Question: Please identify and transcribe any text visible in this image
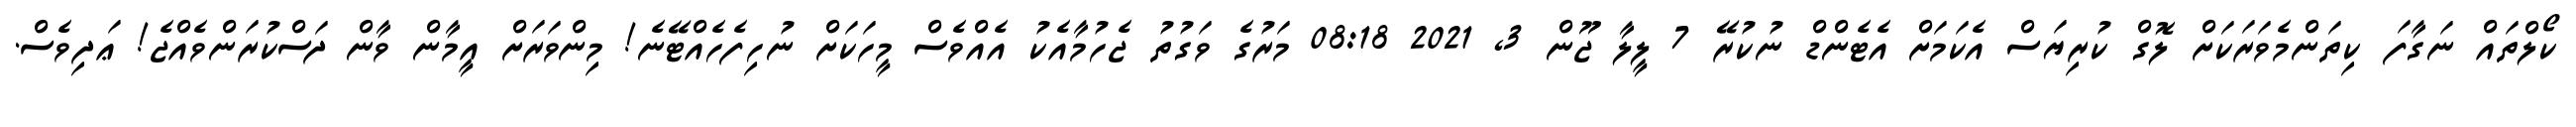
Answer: ކޯލްތައް ނަގާފަ ކިތަންމެވަރަކަށް ލޮގް ކުރިޔަސް އެކަމަށް އެޓެންޑް ނުކުރޭ 7 ލީލާ ޖޫން 3, 2021 08:18 މަރުގެ ވަގުތު ޖެހުމާއެކު އެއްވެސް މީހަކަށް ނުހިފެހެއްޓޭނެ! މިންވަރަށް އީމާން ވާން ދަސްކުރަންވެއްޖެ! ޢަދިވެސް.